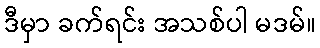
ဒီမှာ ခက်ရင်း အသစ်ပါ မဒမ်။